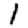
Digit: 1